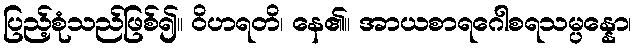
ပြည့်စုံသည်ဖြစ်၍။ ဝိဟရတိ၊ နေ၏။ အာယစာရဂေါစရသမ္ပန္နော၊